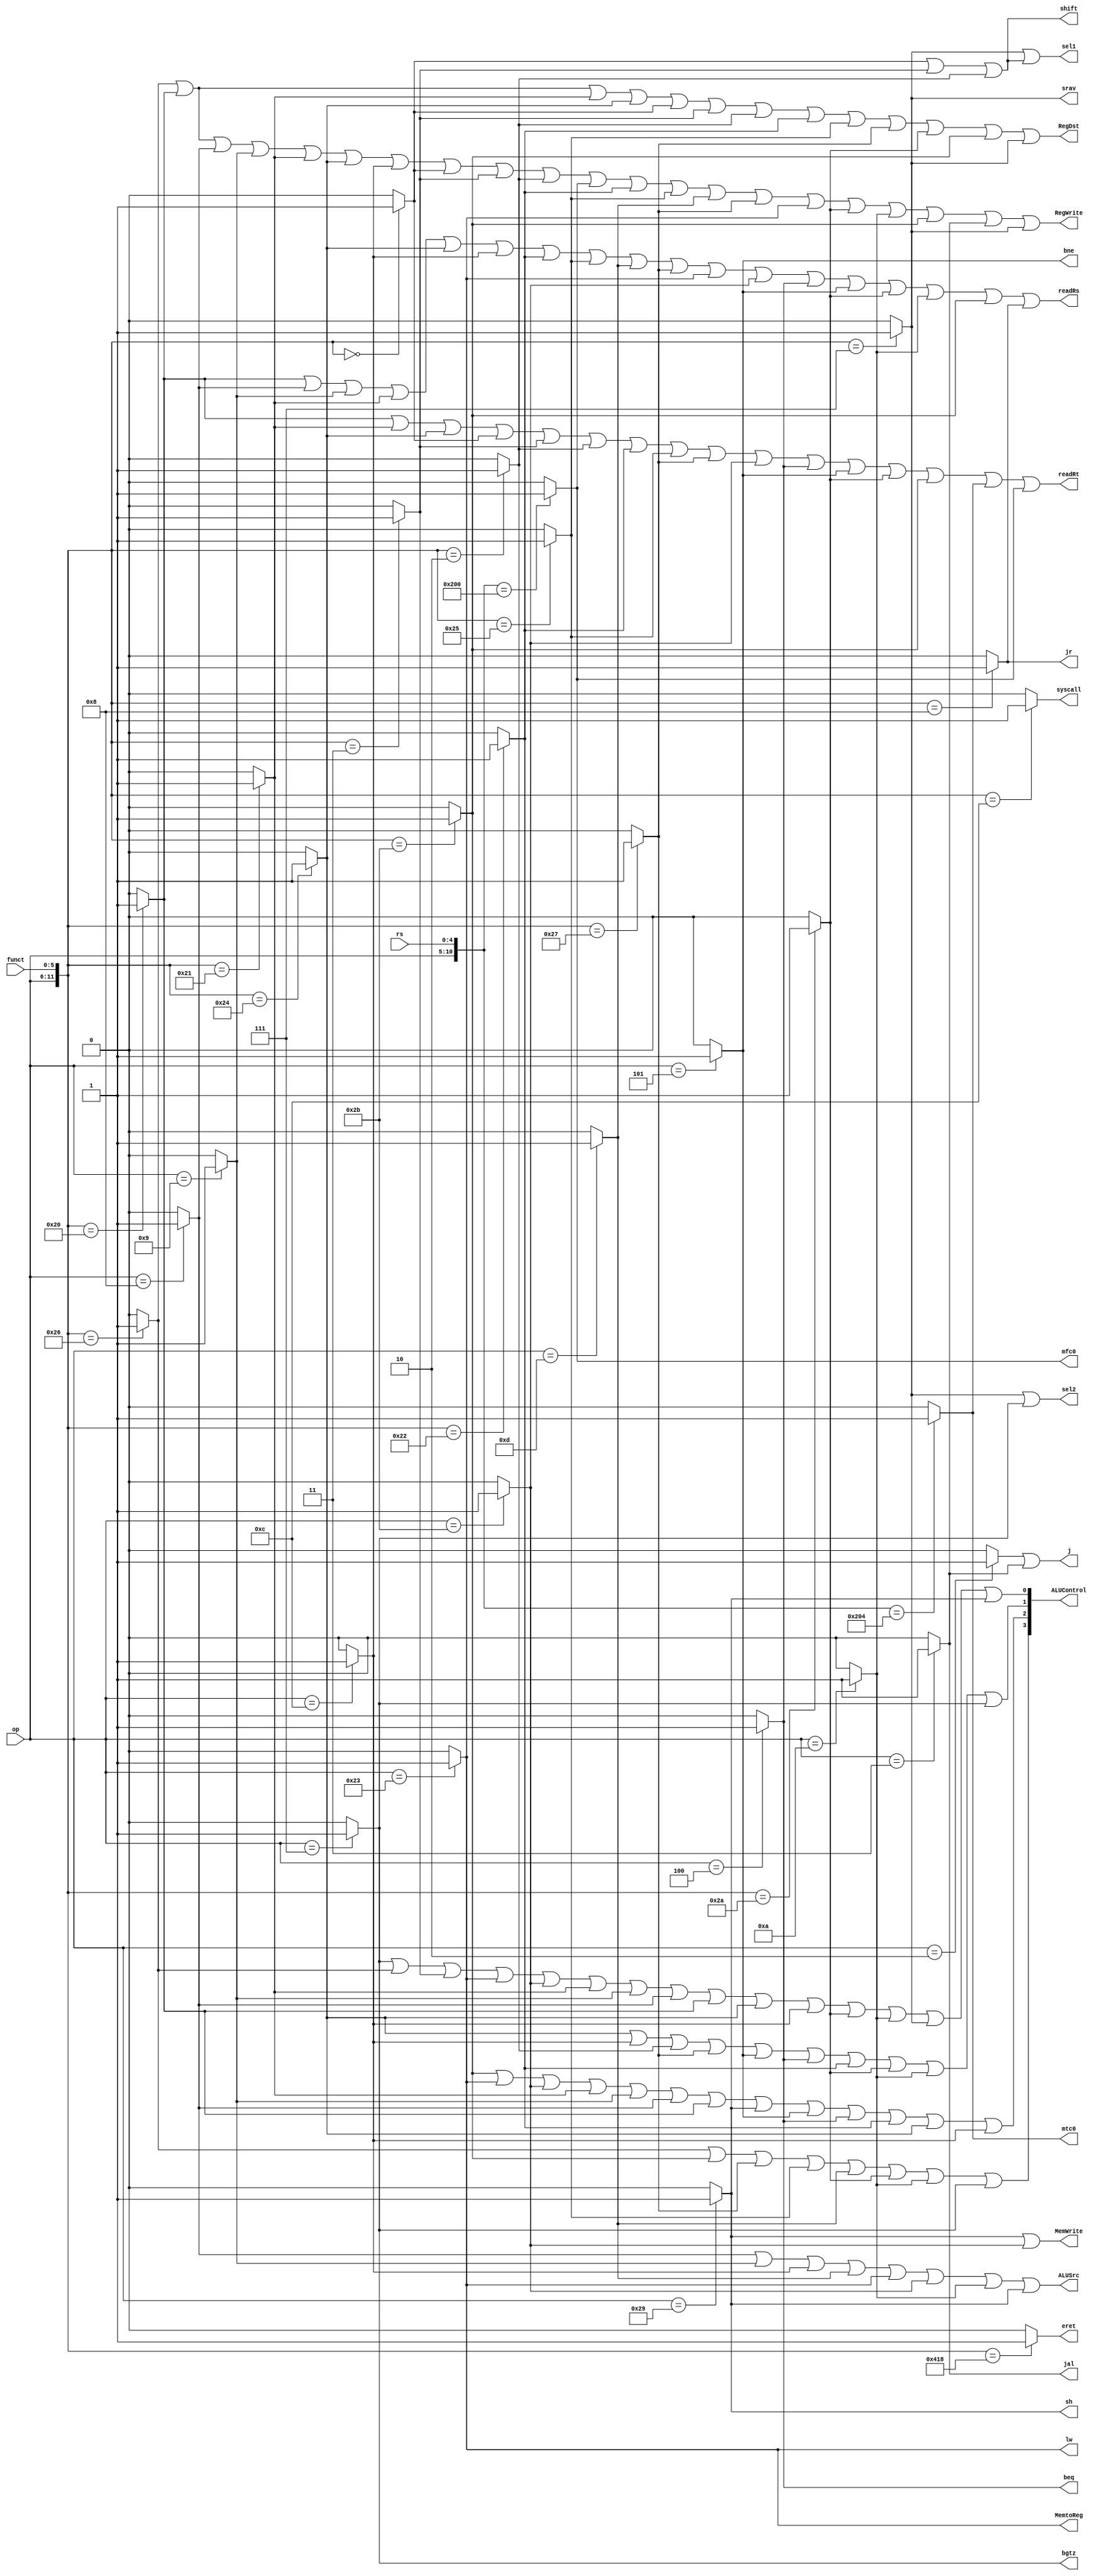
`timescale 1ns / 1ps

module control_unit(
	input [4:0] rs,
	input [5:0] op,funct,
	output [3:0] ALUControl,
	output readRs,readRt,lw,mtc0,mfc0,eret,sel1,sel2,srav,sh,bgtz,syscall,jal,bne,beq,jr,j,MemtoReg,MemWrite,shift,RegDst,RegWrite,ALUSrc
	);

//	wire mfco,mtc0,srav,xor_,sh,bgtz,eret,add,addi,addiu,addu,and_,andi,sll,sra,srl,sub,or_,ori,nor_,lw,beq,bne,slt,slti,sltu,j_,jal,jr,syscall;
	wire xor_,add,addi,addiu,addu,and_,andi,sll,sra,srl,sub,or_,ori,nor_,slt,slti,sltu,j_;
    
    assign mfc0 = ({op,rs}==11'b01000000000)?1:0; 
	assign mtc0 = ({op,rs}==11'b01000000100)?1:0; 
	assign srav = ({op,funct}==12'b000000000111)?1:0; 
	assign xor_ = ({op,funct}==12'b000000100110)?1:0; 
	assign sh =  (op==6'b101001)?1:0; 
	assign bgtz = (op==6'b000111)?1:0; 
	assign eret = ({op,funct}==12'b010000011000)?1:0; 
	assign add =  ({op,funct}==12'b000000100000)?1:0; 
	assign addi = (op==6'b001000)?1:0; 
	assign addiu = (op==6'b001001)?1:0; 
	assign addu = ({op,funct}==12'b000000100001)?1:0;
	assign and_ = ({op,funct}==12'b000000100100)?1:0; 
	assign andi = (op==6'b001100)?1:0;
	assign sll = ({op,funct}==12'b000000000000)?1:0; 
	assign sra = ({op,funct}==12'b000000000011)?1:0; 
	assign srl = ({op,funct}==12'b000000000010)?1:0; 
	assign sub = ({op,funct}==12'b000000100010)?1:0; 
	assign or_ = ({op,funct}==12'b000000100101)?1:0; 
	assign ori = (op==6'b001101)?1:0;
	assign nor_ = ({op,funct}==12'b000000100111)?1:0;
	assign lw = (op==6'b100011)?1:0;
	assign sw = (op==6'b101011)?1:0;
	assign beq = (op==6'b000100)?1:0;
	assign bne = (op==6'b000101)?1:0;
	assign slt = ({op,funct}==12'b000000101010)?1:0;
	assign slti = (op==6'b001010)?1:0;
	assign sltu = ({op,funct}==12'b000000101011)?1:0;
	assign j_ = (op==6'b000010)?1:0;
	assign jal = (op==6'b000011)?1:0;
	assign jr = ({op,funct}==12'b000000001000)?1:0;
	assign syscall = ({op,funct}==12'b000000001100)?1:0;
	
	assign readRs = add|addi|addiu|addu|and_|andi|sub|or_|ori|nor_|lw|sw|beq|bne|slt|slti|sltu|jr;
	assign readRt = add|addu|and_|sll|sra|srl|sub|or_|nor_|sw|beq|bne|slt|sltu|mtc0|mfc0;
	
	assign shift = sll|sra|srl;
	assign sel1 = srav|shift;
	assign sel2 = srav|bgtz;
	assign j = j_|jal;
	assign MemtoReg = lw;
	assign MemWrite = sh|sw;
	assign RegDst = xor_|add|addu|and_|sll|sra|srl|sub|or_|nor_|slt|sltu|srav;
	assign RegWrite = xor_|add|addi|addiu|addu|and_|andi|sll|sra|srl|mfc0|sub|or_|ori|nor_|lw|slt|slti|sltu|jal|srav;
	assign ALUSrc = addi|addiu|andi|ori|lw|sw|slti|sh;
	
	assign ALUControl[3] = xor_|sltu|nor_|or_|ori|slt|slti|bgtz;
	assign ALUControl[2] = sltu|lw|sw|addu|addiu|addi|add|sh|bne|beq|sub|and_|andi;
	assign ALUControl[1] = and_|andi|srl|nor_|bne|beq|sub|slt|slti|bgtz;
	assign ALUControl[0] = bgtz|xor_|sra|lw|sw|addu|addiu|addi|add|and_|andi|slt|slti|srav|sh;
	
	
//	assign nor_ = 

//	assign mfc0 = (~op[5]) & (op[4]) & (~op[3]) & (~op[2]) & (~op[1]) & (~op[0]) & (~rs[4]) & (~rs[3]) & (~rs[2]) & (~rs[1]) & (~rs[0]);
//	assign mtc0 = (~op[5]) & (op[4]) & (~op[3]) & (~op[2]) & (~op[1]) & (~op[0]) & (~rs[4]) & (~rs[3]) & (rs[2]) & (~rs[1]) & (~rs[0]);
//	assign srav = (~op[5]) & (~op[4]) & (~op[3]) & (~op[2]) & (~op[1]) & (~op[0]) & (~funct[5]) & (~funct[4]) & (~funct[3]) & (funct[2]) & (funct[1]) & (funct[0]);
//	assign xor_ = (~op[5]) & (~op[4]) & (~op[3]) & (~op[2]) & (~op[1]) & (~op[0]) & (funct[5]) & (~funct[4]) & (~funct[3]) & (funct[2]) & (funct[1]) & (~funct[0]);
//	assign sh = (op[5]) & (~op[4]) & (op[3]) & (~op[2]) & (~op[1]) & (op[0]);
//	assign bgtz = (~op[5]) & (~op[4]) & (~op[3]) & (op[2]) & (op[1]) & (op[0]);
//	assign eret = (~op[5]) & (op[4]) & (~op[3]) & (~op[2]) & (~op[1]) & (~op[0]) & (~funct[5]) & (funct[4]) & (funct[3]) & (~funct[2]) & (~funct[1]) & (~funct[0]);
//	assign add = (~op[5]) & (~op[4]) & (~op[3]) & (~op[2]) & (~op[1]) & (~op[0]) & (funct[5]) & (~funct[4]) & (~funct[3]) & (~funct[2]) & (~funct[1]) & (~funct[0]);
//	assign addi = (~op[5]) & (~op[4]) & (op[3]) & (~op[2]) & (~op[1]) & (~op[0]);
//	assign addiu = (~op[5]) & (~op[4]) & (op[3]) & (~op[2]) & (~op[1]) & (op[0]);
//	assign addu = (~op[5]) & (~op[4]) & (~op[3]) & (~op[2]) & (~op[1]) & (~op[0]) & (funct[5]) & (~funct[4]) & (~funct[3]) & (~funct[2]) & (~funct[1]) & (funct[0]);
	
//	assign nor_ = (~op[5]) & (~op[4]) & (~op[3]) & (~op[2]) & (~op[1]) & (~op[0]) & (funct[5]) & (~funct[4]) & (~funct[3]) & (funct[2]) & (funct[1]) & (funct[0]);
    
	

endmodule